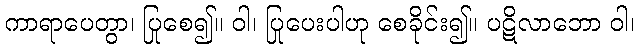
ကာရာပေတွာ၊ ပြုစေ၍။ ဝါ၊ ပြုပေးပါဟု စေခိုင်း၍။ ပဋိလာဘော ဝါ၊